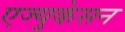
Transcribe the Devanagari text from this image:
एज्युकेसन